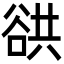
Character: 谼